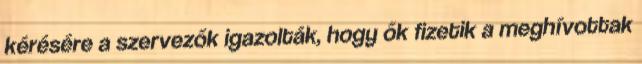
kérésére a szervezők igazolták, hogy ők fizetik a meghívottak